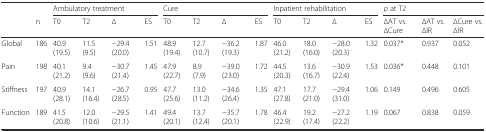
<table><thead><tr><td></td><td></td><td colspan="4"><b>Ambulatory treatment</b></td><td colspan="4"><b>Cure</b></td><td colspan="4"><b>Inpatient rehabilitation</b></td><td colspan="3"><b><i>p</i> at T2</b></td></tr><tr><td></td><td><b>n</b></td><td><b>T0</b></td><td><b>T2</b></td><td><b>∆</b></td><td><b>ES</b></td><td><b>T0</b></td><td><b>T2</b></td><td><b>∆</b></td><td><b>ES</b></td><td><b>T0</b></td><td><b>T2</b></td><td><b>∆</b></td><td><b>ES</b></td><td><b>∆AT vs. ∆Cure</b></td><td><b>∆AT vs. ∆IR</b></td><td><b>∆Cure vs. ∆IR</b></td></tr></thead><tbody><tr><td>Global</td><td>186</td><td>40.9 (19.5)</td><td>11.5 (9.5)</td><td>−29.4 (20.0)</td><td>1.51</td><td>48.9 (19.4)</td><td>12.7 (10.7)</td><td>−36.2 (19.3)</td><td>1.87</td><td>46.0 (21.2)</td><td>18.0 (16.0)</td><td>−28.0 (20.3)</td><td>1.32</td><td>0.037*</td><td>0.937</td><td>0.052</td></tr><tr><td>Pain</td><td>198</td><td>40.1 (21.2)</td><td>9.4 (9.6)</td><td>−30.7 (21.4)</td><td>1.45</td><td>47.9 (22.7)</td><td>8.9 (7.9)</td><td>−39.0 (23.0)</td><td>1.72</td><td>44.5 (20.3)</td><td>13.6 (16.7)</td><td>−30.9 (22.4)</td><td>1.53</td><td>0.036*</td><td>0.448</td><td>0.101</td></tr><tr><td>Stiffness</td><td>197</td><td>40.9 (28.1)</td><td>14.1 (16.4)</td><td>−26.7 (28.5)</td><td>0.95</td><td>47.7 (25.6)</td><td>13.0 (11.2)</td><td>−34.6 (26.4)</td><td>1.35</td><td>47.1 (27.8)</td><td>17.7 (21.0)</td><td>−29.4 (31.0)</td><td>1.06</td><td>0.149</td><td>0.496</td><td>0.605</td></tr><tr><td>Function</td><td>189</td><td>41.5 (20.8)</td><td>12.0 (10.6)</td><td>−29.5 (21.1)</td><td>1.41</td><td>49.4 (20.1)</td><td>13.7 (12.4)</td><td>−35.7 (20.1)</td><td>1.78</td><td>46.4 (22.9)</td><td>19.2 (17.4)</td><td>−27.2 (22.2)</td><td>1.19</td><td>0.067</td><td>0.838</td><td>0.059</td></tr></tbody></table>